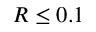
R \leq 0 . 1